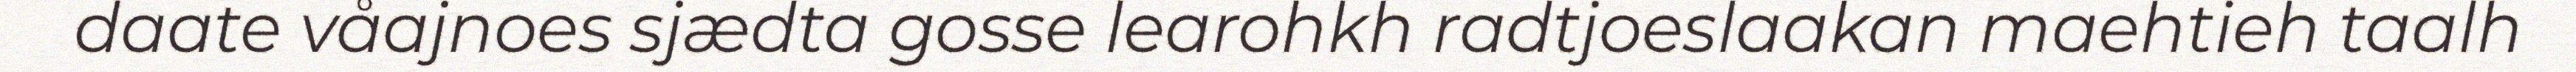
daate våajnoes sjædta gosse learohkh radtjoeslaakan maehtieh taalh